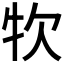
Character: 𤘯